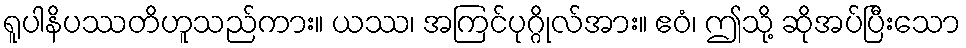
ရူပါနိပဿတိဟူသည်ကား။ ယဿ၊ အကြင်ပုဂ္ဂိုလ်အား။ ဧဝံ၊ ဤသို့ ဆိုအပ်ပြီးသော